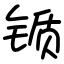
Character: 锧